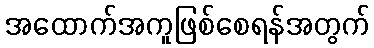
အထောက်အကူဖြစ်စေရန်အတွက်